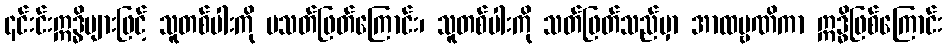
၎င်းင်းဣဒ္ဓိများဖြင့် သူတစ်ပါးကို မသတ်ဖြတ်ကြောင်း၊ သူတစ်ပါးကို သတ်ဖြတ်သည်မှာ အာထဗ္ဗဏိကာ ဣဒ္ဓိဖြစ်ကြောင်း